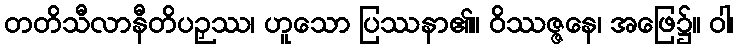
တတိသီလာနီတိပဉှဿ၊ ဟူသော ပြဿနာ၏။ ဝိဿဇ္ဇနေ၊ အဖြေ၌။ ဝါ၊